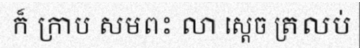
ក៏ ក្រាប សមពះ លា ស្តេច ត្រលប់